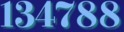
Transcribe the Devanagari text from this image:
१३४७८८